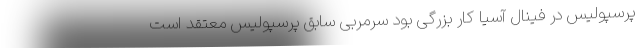
پرسپولیس در فینال آسیا کار بزرگی بود سرمربی سابق پرسپولیس معتقد است